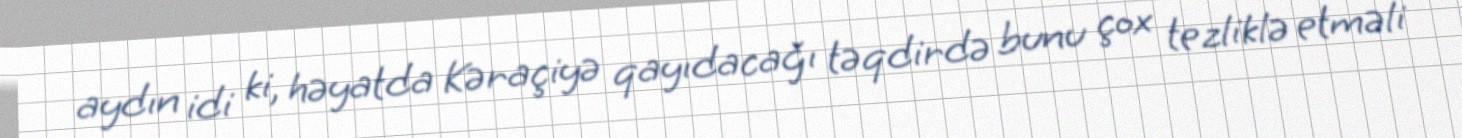
aydın idi ki, həyatda Kəraçiyə qayıdacağı təqdirdə bunu çox tezliklə etməli